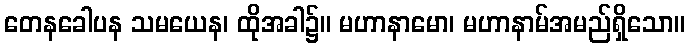
တေနခေါပန သမယေန၊ ထိုအခါ၌။ မဟာနာမော၊ မဟာနာမ်အမည်ရှိသော။